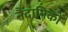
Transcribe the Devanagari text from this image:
नैदानिकों